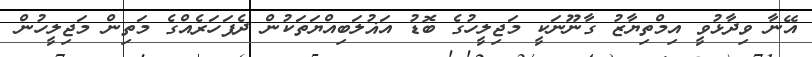
އޭނާ ވިދާޅުވީ އިމްތިޔާޒު ގާނޫނަކީ މަޖިލީހުގެ ބޮޑު އަޣުލަބިއްޔަތަކުން ދެފަހަރެއްގެ މަތިން މަޖިލީހުން